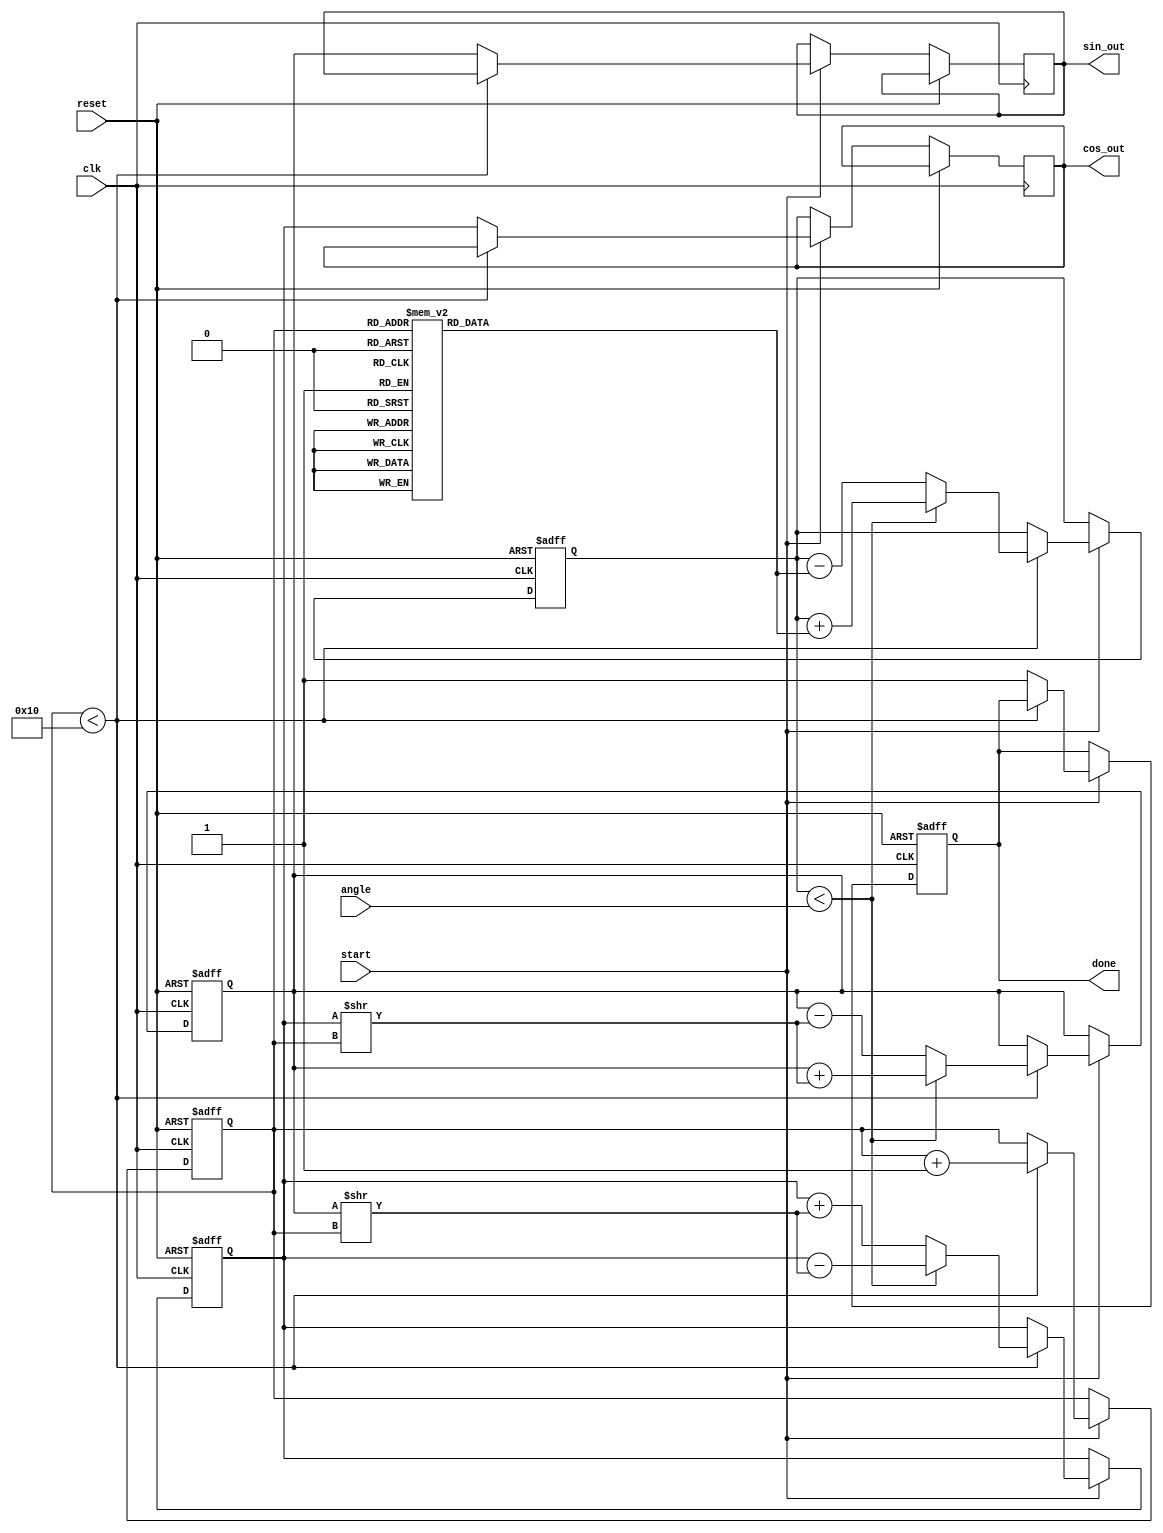
module CORDIC_Rotational (
    input wire clk,         // System clock
    input wire reset,       // Reset signal
    input wire start,       // Start signal for CORDIC operation
    input wire [15:0] angle, // Input angle in radians (fixed-point representation)
    output reg [15:0] cos_out, // Output cosine value
    output reg [15:0] sin_out, // Output sine value
    output reg done         // Operation complete signal
);

    parameter N = 16;             // Number of iterations
    parameter FIXED_POINT_SCALE = 16; // Scaling factor

    // Internal registers
    reg [15:0] x, y;             // Coordinate registers
    reg [15:0] angle_table [0:N-1]; // Angle lookup table
    reg [3:0] count;             // Iteration counter
    reg [15:0] current_angle;     // Current angle for iteration
    reg direction;               // Direction of rotation
    
    // Initialize angle lookup table with pre-calculated arctan values
    initial begin
        angle_table[0] = 16'h26DB; // atan(1/2^0)
        angle_table[1] = 16'h1C71; // atan(1/2^1)
        angle_table[2] = 16'h14AE; // atan(1/2^2)
        angle_table[3] = 16'h0E8B; // atan(1/2^3)
        angle_table[4] = 16'h07A1; // atan(1/2^4)
        angle_table[5] = 16'h03C4; // atan(1/2^5)
        angle_table[6] = 16'h01FB; // atan(1/2^6)
        angle_table[7] = 16'h00FF; // atan(1/2^7)
        angle_table[8] = 16'h007F; // atan(1/2^8)
        angle_table[9] = 16'h003F; // atan(1/2^9)
        angle_table[10] = 16'h001F; // atan(1/2^10)
        angle_table[11] = 16'h000F; // atan(1/2^11)
        angle_table[12] = 16'h0007; // atan(1/2^12)
        angle_table[13] = 16'h0003; // atan(1/2^13)
        angle_table[14] = 16'h0001; // atan(1/2^14)
        angle_table[15] = 16'h0000; // atan(1/2^15)
    end

    // Control state machine for CORDIC iterations
    always @(posedge clk or posedge reset) begin
        if (reset) begin
            count <= 0;
            x <= 16'h0001; // Initial value of x = 1
            y <= 16'h0000; // Initial value of y = 0
            current_angle <= 0;
            done <= 0;
        end else if (start) begin
            if (count < N) begin
                // Determine direction based on current angle
                if (current_angle < angle) begin
                    direction <= 1; // Counter-clockwise
                    current_angle <= current_angle + angle_table[count];
                    x <= x - (y >> count);
                    y <= y + (x >> count);
                end else begin
                    direction <= 0; // Clockwise
                    current_angle <= current_angle - angle_table[count];
                    x <= x + (y >> count);
                    y <= y - (x >> count);
                end
                count <= count + 1;
            end else begin
                cos_out <= x; // Final x is cosine
                sin_out <= y; // Final y is sine
                done <= 1;    // Operation complete
            end
        end
    end
endmodule